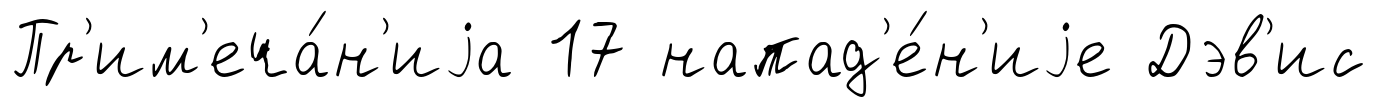
Пр'им'еча́н'иjа 17 напад'е́н'иjе Дэв'ис